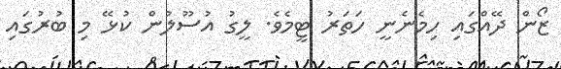
ޒޯން ދޭއްގައި ހިމެނެނީ ހަތަރު ޓީމެވެ. ލީގު އުސޫލުން ކުޅޭ މި ބުރުގައި